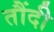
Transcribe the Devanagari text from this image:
तौंदी